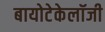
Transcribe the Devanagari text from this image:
बायोटेकेलॉजी